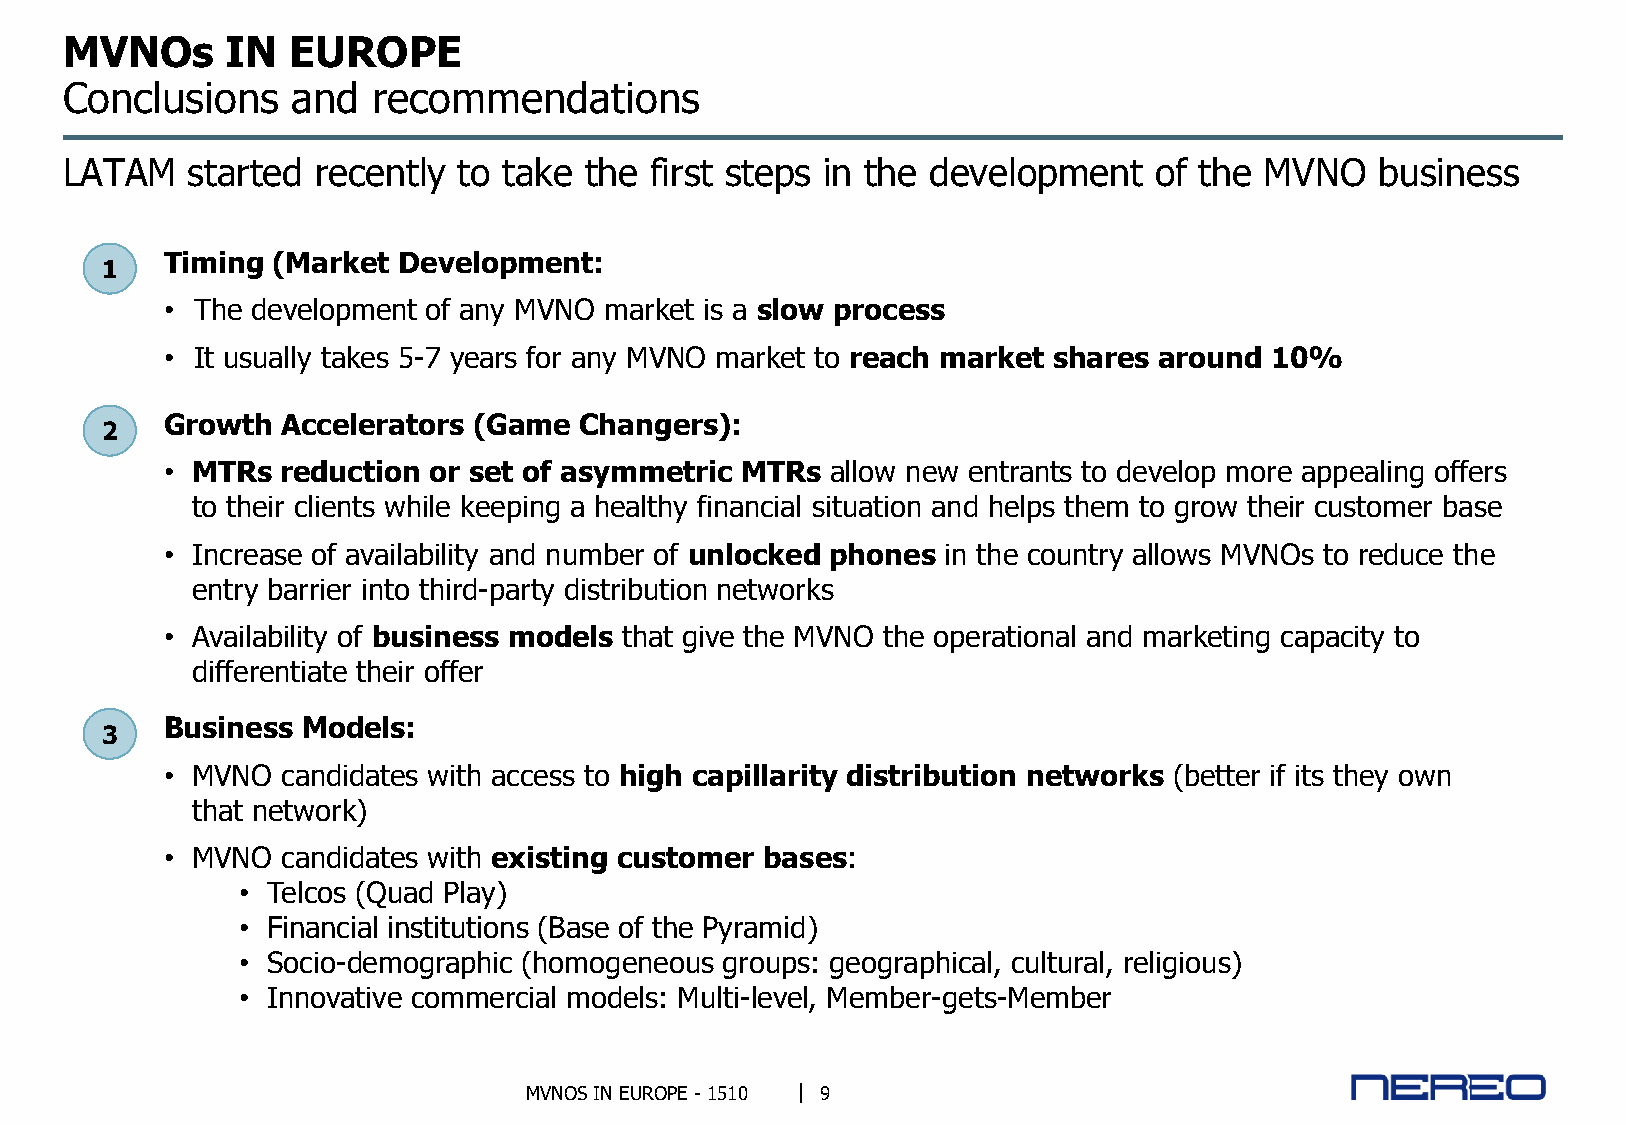
MVNOs      IN  EUROPE
 Conclusions    and   recommendations
 LATAM   started  recently to take  the first steps in the development   of the  MVNO   business
 Timing (Market Development:
 1
 • The development of any MVNO market is a slow process
 • It usually takes 5-7 years for any MVNO market to reach market shares around 10%
 Growth  Accelerators (Game Changers):
 2
 • MTRs  reduction or set of asymmetric MTRs allow new entrants to develop more appealing offers
 to their clients while keeping a healthy financial situation and helps them to grow their customer base
 • Increase of availability and number of unlocked phones in the country allows MVNOs to reduce the
 entry barrier into third-party distribution networks
 • Availability of business models that give the MVNO the operational and marketing capacity to
 differentiate their offer
 Business Models:
 3
 • MVNO  candidates with access to high capillarity distribution networks (better if its they own
 that network)
 • MVNO  candidates with existing customer bases:
 • Telcos (Quad Play)
 • Financial institutions (Base of the Pyramid)
 • Socio-demographic (homogeneous groups: geographical, cultural, religious)
 • Innovative commercial models: Multi-level, Member-gets-Member
 MVNOS IN EUROPE - 1510 9